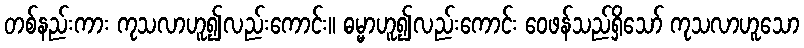
တစ်နည်းကား ကုသလာဟူ၍လည်းကောင်း။ ဓမ္မာဟူ၍လည်းကောင်း ဝေဖန်သည်ရှိသော် ကုသလာဟူသော